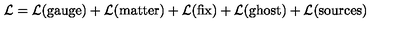
{ \cal L } = { \cal L } ( \mathrm { g a u g e } ) + { \cal L } ( \mathrm { m a t t e r } ) + { \cal L } ( \mathrm { f i x } ) + { \cal L } ( \mathrm { g h o s t } ) + { \cal L } ( \mathrm { s o u r c e s } )